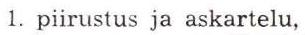
1. piirustus ja askartelu,